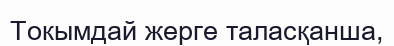
Токымдай жерге таласқанша,